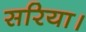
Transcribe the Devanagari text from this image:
सरिया।